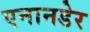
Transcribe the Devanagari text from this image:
एनानडेर